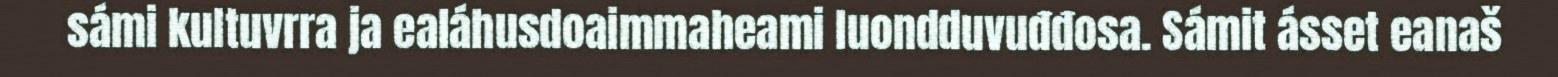
sámi kultuvrra ja ealáhusdoaimmaheami luondduvuđđosa. Sámit ásset eanaš